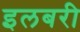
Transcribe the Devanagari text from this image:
इलबरी